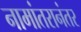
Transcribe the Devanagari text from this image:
नामांतरानंतर